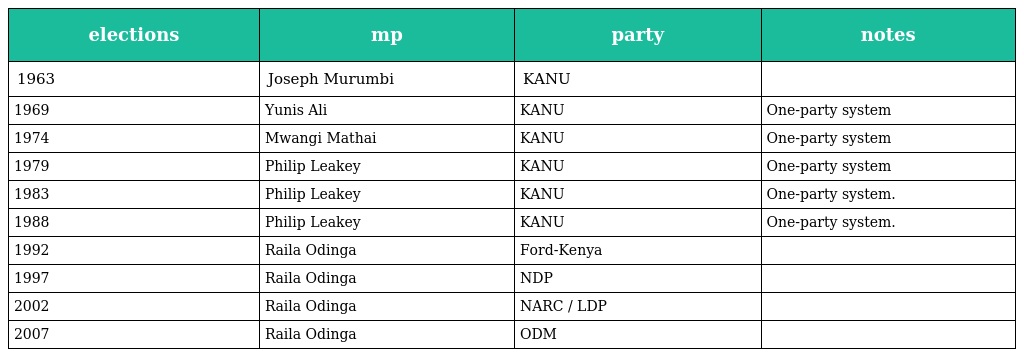
| elections | mp | party | notes |
 | --- | --- | --- | --- |
 | 1963 | Joseph Murumbi | KANU |  |
 | 1969 | Yunis Ali | KANU | One-party system |
 | 1974 | Mwangi Mathai | KANU | One-party system |
 | 1979 | Philip Leakey | KANU | One-party system |
 | 1983 | Philip Leakey | KANU | One-party system. |
 | 1988 | Philip Leakey | KANU | One-party system. |
 | 1992 | Raila Odinga | Ford-Kenya |  |
 | 1997 | Raila Odinga | NDP |  |
 | 2002 | Raila Odinga | NARC / LDP |  |
 | 2007 | Raila Odinga | ODM |  |